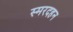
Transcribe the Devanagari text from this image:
स्मरदहन